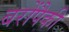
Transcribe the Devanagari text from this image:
बरोंपैकी